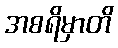
အစရိမှာတိ